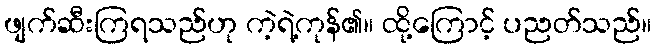
ဖျက်ဆီးကြရသည်ဟု ကဲ့ရဲ့ကုန်၏။ ထို့ကြောင့် ပညတ်သည်။